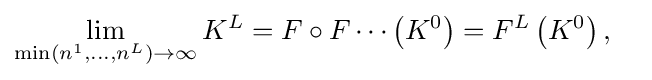
{\begin{aligned}\lim _{\min \left(n^{1},\dots ,n^{L}\right)\rightarrow \infty }K^{L}&=F\circ F\cdots \left(K^{0}\right)=F^{L}\left(K^{0}\right),\end{aligned}}